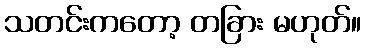
သတင်းကတော့ တခြား မဟုတ်။